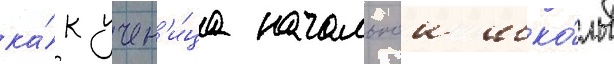
ка́к учен'и́ца начальнои шко́лы